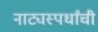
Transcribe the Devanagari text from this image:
नाट्यस्पर्धांची